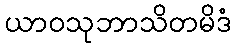
ယာဝသုဘာသိတမိဒံ